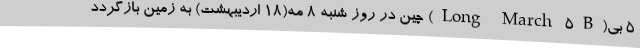
۵ بی(Long March ۵B) چین در روز شنبه ۸ مه(۱۸ اردیبهشت) به زمین بازگردد